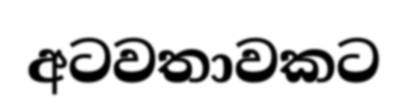
අටවතාවකට